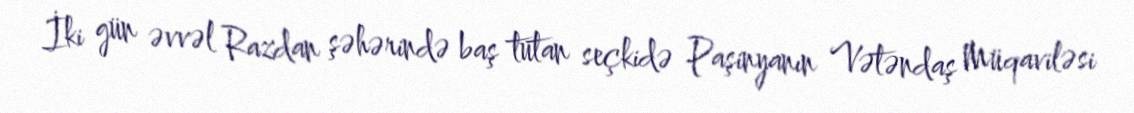
İki gün əvvəl Razdan şəhərində baş tutan seçkidə Paşinyanın Vətəndaş Müqaviləsi